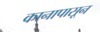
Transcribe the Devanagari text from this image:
कानापासून